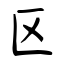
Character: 区